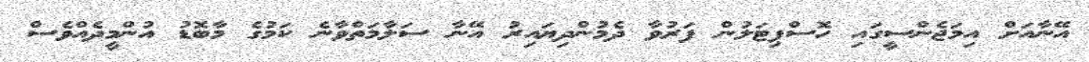
އޭނާއަށް އިމަޖެންސީގައި ހޮސްޕިޓަލުން ފަރުވާ ދެމުންދިޔައިރު އޭނާ ސަލާމަތްވާނެ ކަމުގެ މާބޮޑު އުންމީދެއްވެސް